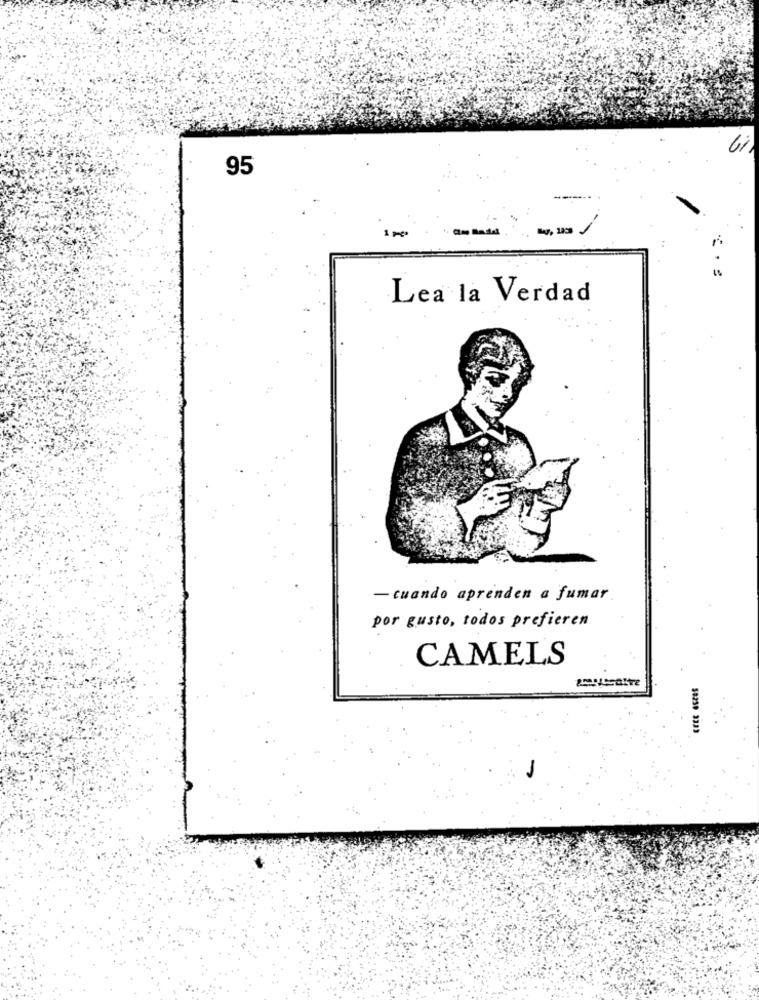
95
Lea la Verdad
- cuando aprenden a fumar
por gusto, todos prefieren
CAMELS